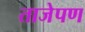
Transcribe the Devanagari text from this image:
ताजेपण